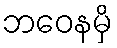
ဘဝေနမှိ